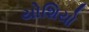
યોશિયો